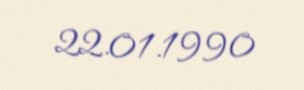
22.01.1990